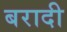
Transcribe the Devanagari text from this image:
बरादी